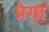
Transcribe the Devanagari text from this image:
प्रेगा